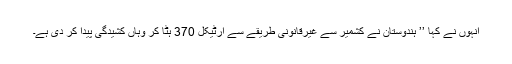
انہوں نے کہا ’’ ہندوستان نے کشمیر سے غیرقانونی طریقے سے آرٹیکل 370 ہٹا کر وہاں کشیدگی پیدا کر دی ہے۔